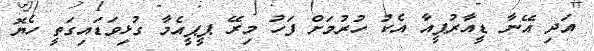
އަދި އޭނާ ޑީއާރުޕީއާ އެކު ހުރުމަށް ފަހު މިރޭ ޕީޕީއެމާ ގުޅިވަޑައިގަތީ ހެޔޮ